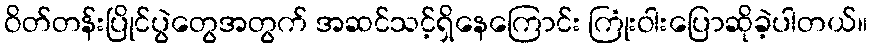
ဝိတ်တန်းပြိုင်ပွဲတွေအတွက် အဆင်သင့်ရှိနေကြောင်း ကြုံးဝါးပြောဆိုခဲ့ပါတယ်။